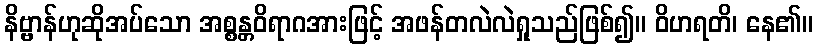
နိဗ္ဗာန်ဟုဆိုအပ်သော အစ္စန္တဝိရာဂအားဖြင့် အဖန်တလဲလဲရှုသည်ဖြစ်၍။ ဝိဟရတိ၊ နေ၏။